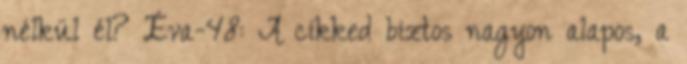
nélkül él? Éva-48: A cikked biztos nagyon alapos, a